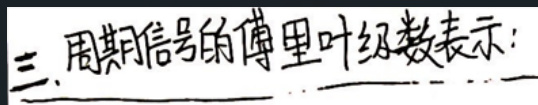
三、周期信号的傅里叶级数表示：